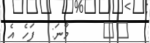
٦١    މާނަ:  ފަހެ އެ